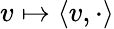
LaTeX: v\mapsto\langle v,\cdot\rangle